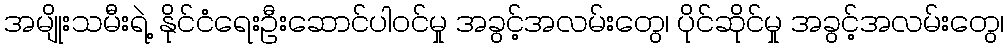
အမျိုးသမီးရဲ့ နိုင်ငံရေးဦးဆောင်ပါဝင်မှု အခွင့်အလမ်းတွေ၊ ပိုင်ဆိုင်မှု အခွင့်အလမ်းတွေ၊